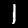
Digit: 1